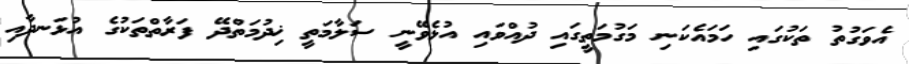
އެވަގުތު ތަކުގައި ހަމައެކަނި މަގުމަތީގައި ދުއްވައި އުޅެވޭނީ ސަލާމަތީ ޚިދުމަތްދޭ ފަރާތްތަކުގެ އުޅަނދާއި